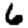
Digit: 6